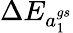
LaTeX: {\Delta E_{a_{1}^{gs}}}